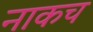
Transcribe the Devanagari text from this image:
नाकच